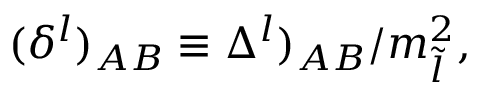
( \delta ^ { l } ) _ { A B } \equiv \Delta ^ { l } ) _ { A B } / m _ { \tilde { l } } ^ { 2 } ,